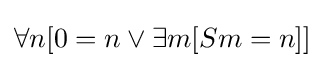
\forall n[0=n\lor \exists m[Sm=n]]